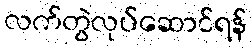
လက်တွဲလုပ်ဆောင်ရန်